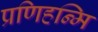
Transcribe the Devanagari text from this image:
प्रणिहन्मि